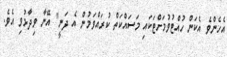
އެހެންވެ އެކަން ހުއްޓުވުމަށްޓަކައި މަސައްކަތް ކުރައްވަމުން އެ ދަނީ" އޭނާ ވިދާޅުވި އެވެ.